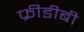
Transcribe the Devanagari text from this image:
फ्रीडीबी